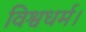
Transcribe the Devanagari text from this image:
विश्वधर्म।